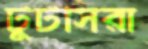
টুটসিরা